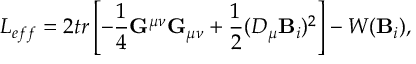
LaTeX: { \cal L } _ { e f f } = 2 t r \left[ - { \frac { 1 } { 4 } } { \bf G } ^ { \mu \nu } { \bf G } _ { \mu \nu } + { \frac { 1 } { 2 } } ( { \cal { \cal D } } _ { \mu } { \bf B } _ { i } ) ^ { 2 } \right] - W ( { \bf B } _ { i } ) ,